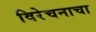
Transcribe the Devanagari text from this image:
विरेचनाचा